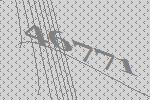
46771